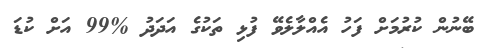
ބޭނުން ކުރުމަށް ފަހު އެއްލާލެވޭ ފުޅި ތަކުގެ އަދަދު %99 އަށް ކުޑަ